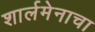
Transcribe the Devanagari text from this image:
शार्लमेनाचा